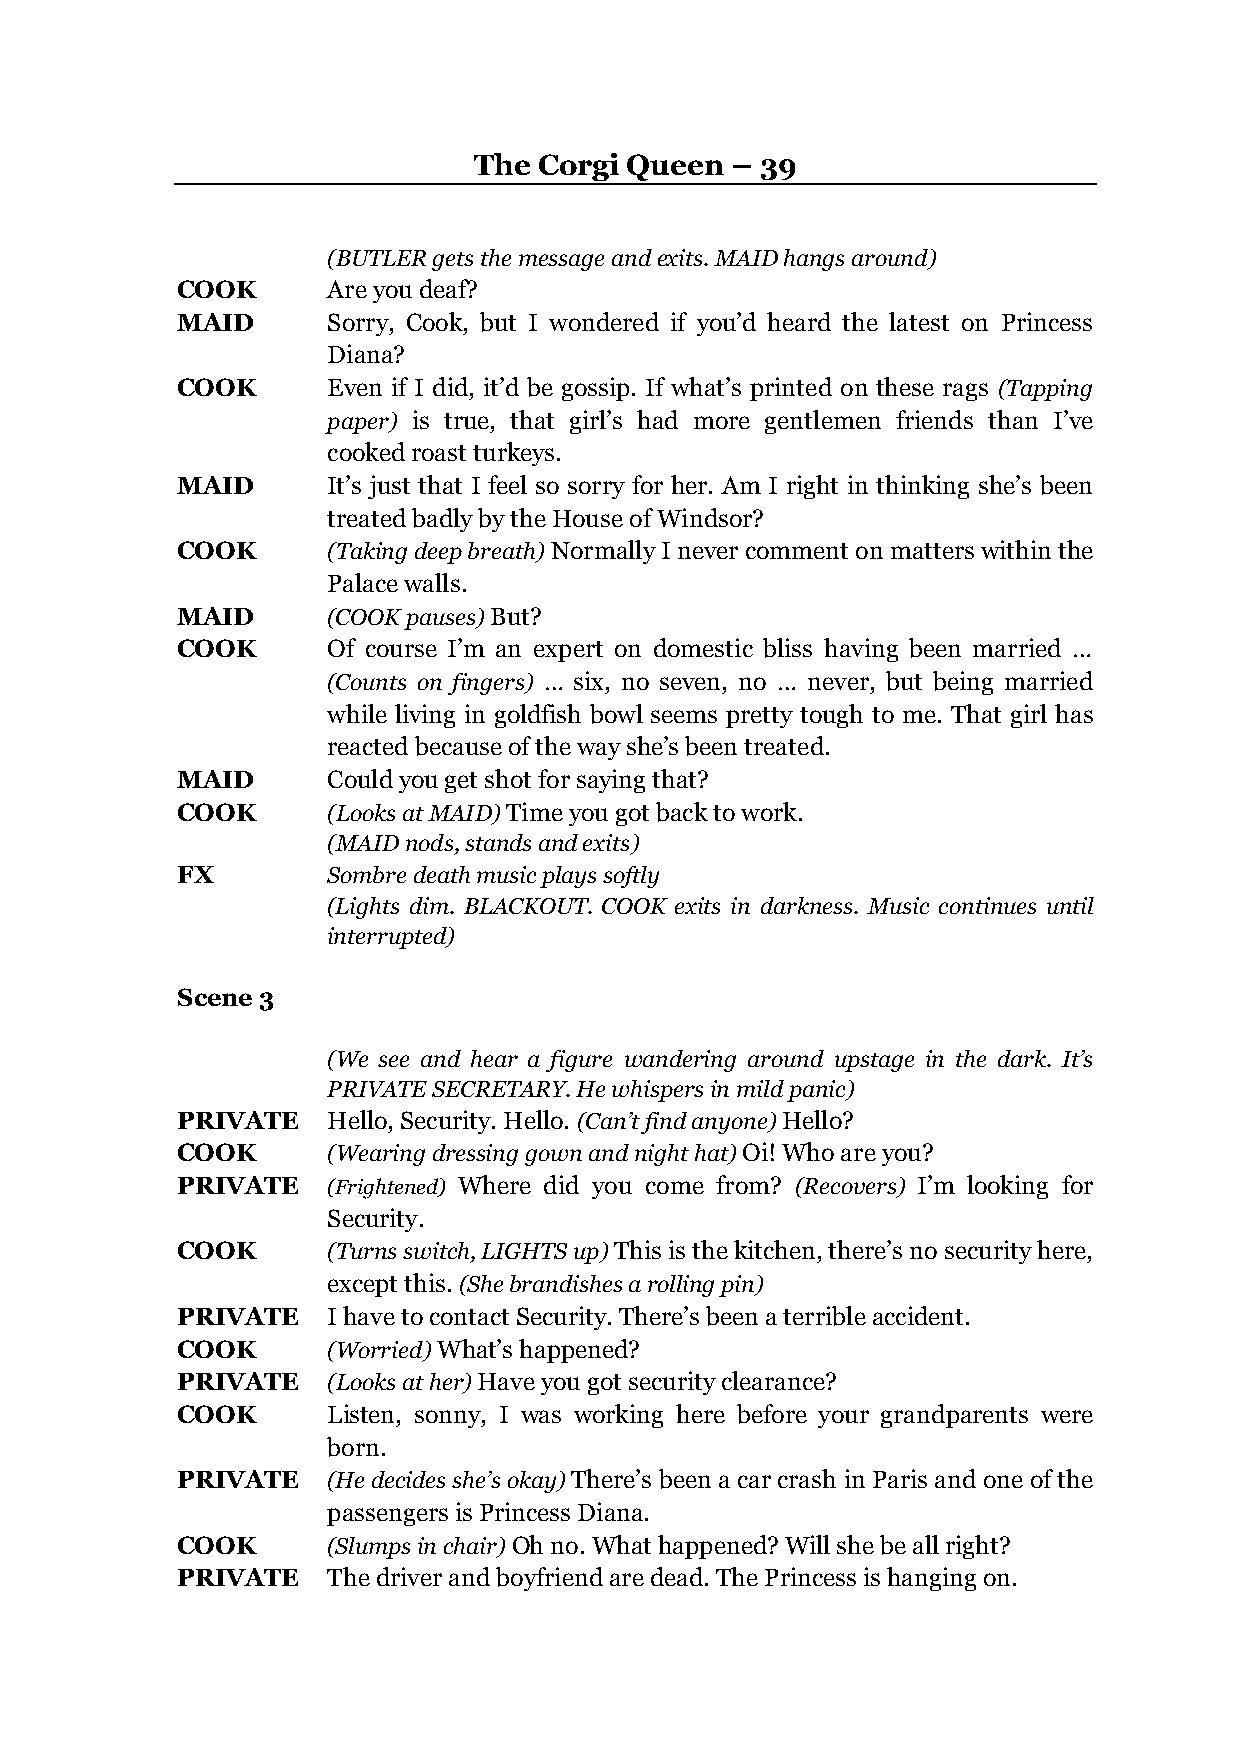
The  Corgi Queen – 39
 (BUTLER gets the message and exits. MAID hangs around)
 COOK      Are you deaf?
 MAID      Sorry, Cook, but I wondered if you’d heard the latest on Princess
 Diana?
 COOK      Even if I did, it’d be gossip. If what’s printed on these rags (Tapping
 paper) is true, that girl’s had more gentlemen friends than I’ve
 cooked roast turkeys.
 MAID      It’s just that I feel so sorry for her. Am I right in thinking she’s been
 treated badly by the House of Windsor?
 COOK      (Taking deep breath) Normally I never comment on matters within the
 Palace walls.
 MAID      (COOK pauses) But?
 COOK      Of course I’m an expert on domestic bliss having been married …
 (Counts on fingers) … six, no seven, no … never, but being married
 while living in goldfish bowl seems pretty tough to me. That girl has
 reacted because of the way she’s been treated.
 MAID      Could you get shot for saying that?
 COOK      (Looks at MAID) Time you got back to work.
 (MAID nods, stands and exits)
 FX        Sombre death music plays softly
 (Lights dim. BLACKOUT. COOK exits in darkness. Music continues until
 interrupted)
 Scene 3
 (We see and hear a figure wandering around upstage in the dark. It’s
 PRIVATE SECRETARY. He whispers in mild panic)
 PRIVATE   Hello, Security. Hello. (Can’t find anyone) Hello?
 COOK      (Wearing dressing gown and night hat) Oi! Who are you?
 PRIVATE   (Frightened) Where did you come from? (Recovers) I’m looking for
 Security.
 COOK      (Turns switch, LIGHTS up) This is the kitchen, there’s no security here,
 except this. (She brandishes a rolling pin)
 PRIVATE   I have to contact Security. There’s been a terrible accident.
 COOK      (Worried) What’s happened?
 PRIVATE   (Looks at her) Have you got security clearance?
 COOK      Listen, sonny, I was working here before your grandparents were
 born.
 PRIVATE   (He decides she’s okay) There’s been a car crash in Paris and one of the
 passengers is Princess Diana.
 COOK      (Slumps in chair) Oh no. What happened? Will she be all right?
 PRIVATE   The driver and boyfriend are dead. The Princess is hanging on.